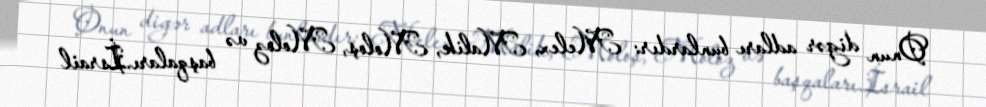
Onun digər adları bunlardır: Melex, Malik, Moloş, Moloz və başqaları.İsrail